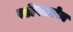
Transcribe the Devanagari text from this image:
स्टीपलचेज